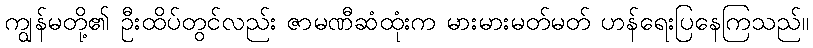
ကျွန်မတို့၏ ဦးထိပ်တွင်လည်း ဇာမဏီဆံထုံးက မားမားမတ်မတ် ဟန်ရေးပြနေကြသည်။